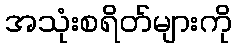
အသုံးစရိတ်များကို